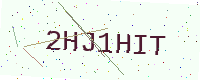
Text: 2HJ1HIT